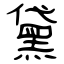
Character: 黛